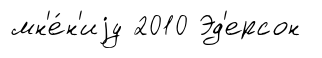
мн'е́н'иjу 2010 Эд'ерсон